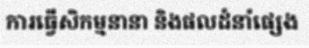
ការធ្វើសិកម្មនានា និងផលដំនាំផ្សេង